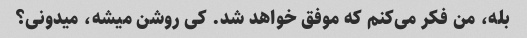
بله، من فکر می‌کنم که موفق خواهد شد. کی روشن میشه، میدونی؟